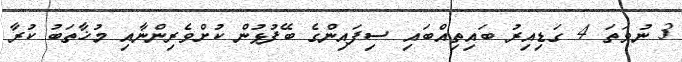
3 ނުވަތަ 4 ގަޑިއިރު ބައިތިއްބައި ސިފައިންގެ ބޭފުޅުން ކުށްވެރިންނާއި މުޚާތަބު ކުރާ